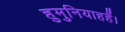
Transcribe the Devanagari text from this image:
हुमुनियाहहैं।